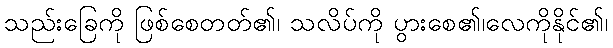
သည်းခြေကို ဖြစ်စေတတ်၏၊ သလိပ်ကို ပွားစေ၏၊လေကိုနိုင်၏၊